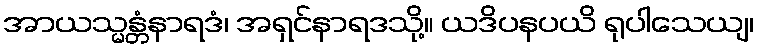
အာယသ္မန္တံနာရဒံ၊ အရှင်နာရဒသို့။ ယဒိပနပယိ ရုပါသေယျ၊